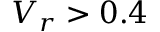
V _ { r } > 0 . 4